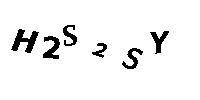
H2S2SY